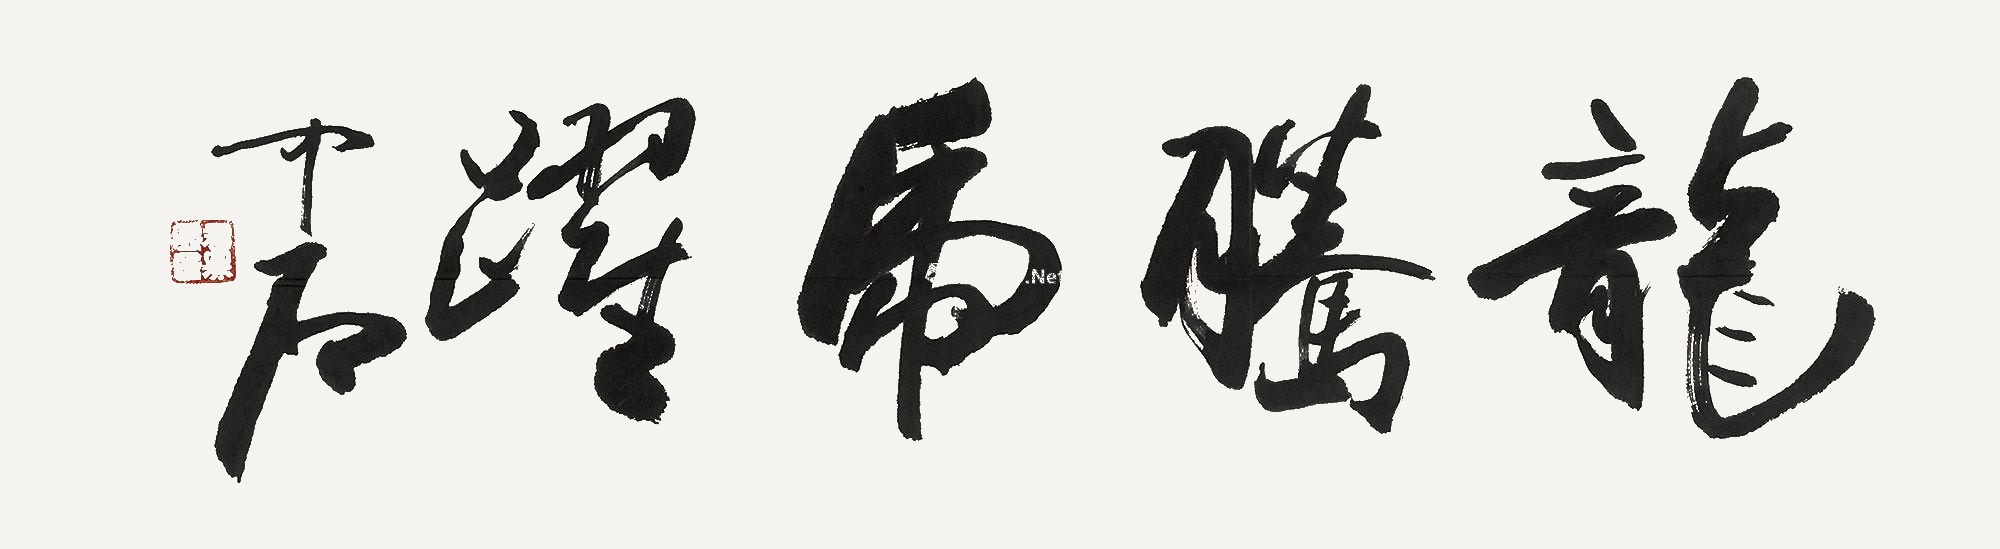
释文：龙腾虎跃。中石。